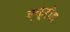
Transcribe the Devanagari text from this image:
एक्रीड